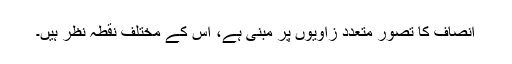
انصاف کا تصور متعدد زاویوں پر مبنی ہے، اس کے مختلف نقطہ نظر ہیں۔